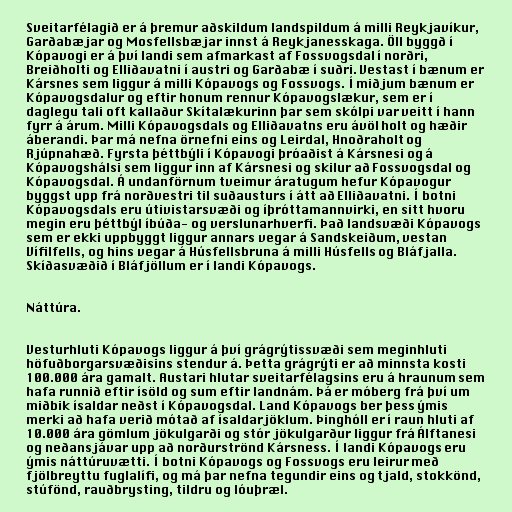
Sveitarfélagið er á þremur aðskildum landspildum á milli Reykjavíkur,
Garðabæjar og Mosfellsbæjar innst á Reykjanesskaga. Öll byggð í
Kópavogi er á því landi sem afmarkast af Fossvogsdal í norðri,
Breiðholti og Elliðavatni í austri og Garðabæ í suðri. Vestast í bænum er
Kársnes sem liggur á milli Kópavogs og Fossvogs. Í miðjum bænum er
Kópavogsdalur og eftir honum rennur Kópavogslækur, sem er í
daglegu tali oft kallaður Skítalækurinn þar sem skólpi var veitt í hann
fyrr á árum. Milli Kópavogsdals og Elliðavatns eru ávöl holt og hæðir
áberandi. Þar má nefna örnefni eins og Leirdal, Hnoðraholt og
Rjúpnahæð. Fyrsta þéttbýli í Kópavogi þróaðist á Kársnesi og á
Kópavogshálsi sem liggur inn af Kársnesi og skilur að Fossvogsdal og
Kópavogsdal. Á undanförnum tveimur áratugum hefur Kópavogur
byggst upp frá norðvestri til suðausturs í átt að Elliðavatni. Í botni
Kópavogsdals eru útivistarsvæði og íþróttamannvirki, en sitt hvoru
megin eru þéttbýl íbúða- og verslunarhverfi. Það landsvæði Kópavogs
sem er ekki uppbyggt liggur annars vegar á Sandskeiðum, vestan
Vífilfells, og hins vegar á Húsfellsbruna á milli Húsfells og Bláfjalla.
Skíðasvæðið í Bláfjöllum er í landi Kópavogs.

Náttúra.

Vesturhluti Kópavogs liggur á því grágrýtissvæði sem meginhluti
höfuðborgarsvæðisins stendur á. Þetta grágrýti er að minnsta kosti
100.000 ára gamalt. Austari hlutar sveitarfélagsins eru á hraunum sem
hafa runnið eftir ísöld og sum eftir landnám. Þá er móberg frá því um
miðbik ísaldar neðst í Kópavogsdal. Land Kópavogs ber þess ýmis
merki að hafa verið mótað af ísaldarjöklum. Þinghóll er í raun hluti af
10.000 ára gömlum jökulgarði og stór jökulgarður liggur frá Álftanesi
og neðansjávar upp að norðurströnd Kársness. Í landi Kópavogs eru
ýmis náttúruvætti. Í botni Kópavogs og Fossvogs eru leirur með
fjölbreyttu fuglalífi, og má þar nefna tegundir eins og tjald, stokkönd,
stúfönd, rauðbrysting, tildru og lóuþræl.